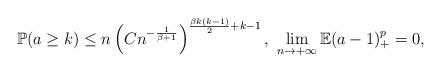
LaTeX: \begin{align*}&\mathbb{P}(a\geq k)\leq n\left(Cn^{-\frac{1}{\beta+1}}\right)^{\frac{\beta k(k-1)}{2}+k-1},\ \lim_{n\to+\infty}\mathbb{E}(a-1)_+^p=0,\end{align*}